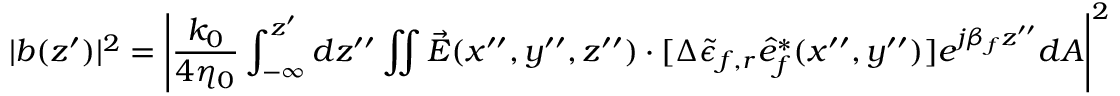
| b ( z ^ { \prime } ) | ^ { 2 } = \left| \frac { k _ { 0 } } { 4 \eta _ { 0 } } \int _ { - \infty } ^ { z ^ { \prime } } d z ^ { \prime \prime } \iint \vec { E } ( x ^ { \prime \prime } , y ^ { \prime \prime } , z ^ { \prime \prime } ) \cdot [ \Delta { \tilde { \epsilon } _ { f , r } } \hat { e } _ { f } ^ { * } ( x ^ { \prime \prime } , y ^ { \prime \prime } ) ] e ^ { j \beta _ { f } z ^ { \prime \prime } } d A \right| ^ { 2 }